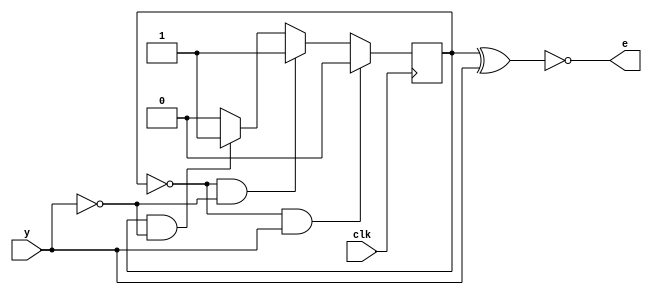
module buttonpressevent(e, y, clk);
  input y, clk;
  output e;
  
  reg PS=0;
  
  always@(posedge clk)
    begin
      if(!PS & y)
        PS <= 0;
      else if (!PS & !y)
        PS <= 1;
      else if (PS & !y)
        PS <= 1;
      else
        PS <= 0;
    end
  
  assign e = ~(PS^y);
endmodule